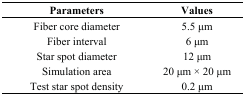
<table><thead><tr><td><b>Parameters</b></td><td><b>Values</b></td></tr></thead><tbody><tr><td>Fiber core diameter</td><td>5.5 μm</td></tr><tr><td>Fiber interval</td><td>6 μm</td></tr><tr><td>Star spot diameter</td><td>12 μm</td></tr><tr><td>Simulation area</td><td>20 μm × 20 μm</td></tr><tr><td>Test star spot density</td><td>0.2 μm</td></tr></tbody></table>